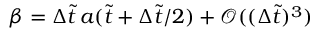
\beta = \Delta \tilde { t } \, a ( \tilde { t } + \Delta \tilde { t } / 2 ) + \mathscr { O } ( ( \Delta \tilde { t } ) ^ { 3 } )